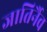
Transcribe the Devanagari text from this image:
जातिर्नैव